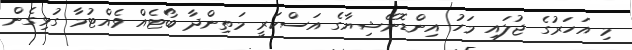
މި އަހަރުގެ ޖުލައި މަހު އިންޑޮނޭޝިޔާގެ އަސްކަރީ މަތިންދާ ބޯޓެއް ވެއްޓުމާ ގުޅިގެން